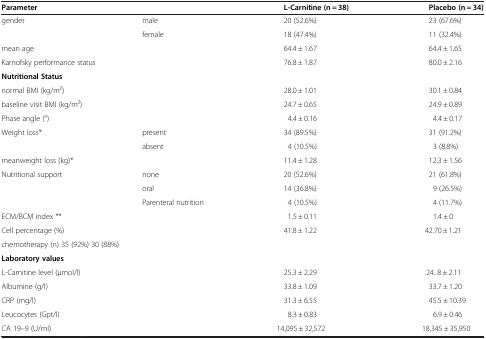
<table><thead><tr><td colspan="2"><b>Parameter</b></td><td><b>L-Carnitine (n = 38)</b></td><td><b>Placebo (n = 34)</b></td></tr></thead><tbody><tr><td rowspan="2">gender</td><td>male</td><td>20 (52.6%)</td><td>23 (67.6%)</td></tr><tr><td>female</td><td>18 (47.4%)</td><td>11 (32.4%)</td></tr><tr><td colspan="2">mean age</td><td>64.4 ± 1.67</td><td>64.4 ± 1.65</td></tr><tr><td colspan="2">Karnofsky performance status</td><td>76.8 ± 1.87</td><td>80.0 ± 2.16</td></tr><tr><td colspan="4"><b>Nutritional Status</b></td></tr><tr><td colspan="2">normal BMI (kg/m2)</td><td>28.0 ± 1.01</td><td>30.1 ± 0.84</td></tr><tr><td colspan="2">baseline visit BMI (kg/m2)</td><td>24.7 ± 0.65</td><td>24.9 ± 0.89</td></tr><tr><td colspan="2">Phase angle (°)</td><td>4.4 ± 0.16</td><td>4.4 ± 0.17</td></tr><tr><td rowspan="2">Weight loss*</td><td>present</td><td>34 (89.5%)</td><td>31 (91.2%)</td></tr><tr><td>absent</td><td>4 (10.5%)</td><td>3 (8.8%)</td></tr><tr><td colspan="2">meanweight loss (kg)*</td><td>11.4 ± 1.28</td><td>12.3 ± 1.56</td></tr><tr><td rowspan="2">Nutritional support</td><td>none</td><td>20 (52.6%)</td><td>21 (61.8%)</td></tr><tr><td>oral</td><td>14 (36.8%)</td><td>9 (26.5%)</td></tr><tr><td> </td><td>Parenteral nutrition</td><td>4 (10.5%)</td><td>4 (11.7%)</td></tr><tr><td colspan="2">ECM/BCM index **</td><td>1.5 ± 0.11</td><td>1.4 ± 0</td></tr><tr><td colspan="2">Cell percentage (%)</td><td>41.8 ± 1.22</td><td>42.70 ± 1.21</td></tr><tr><td colspan="4">chemotherapy (n) 35 (92%) 30 (88%)</td></tr><tr><td colspan="4"><b>Laboratory values</b></td></tr><tr><td colspan="2">L-Carnitine level (μmol/l)</td><td>25.3 ± 2.29</td><td>24. 8 ± 2.11</td></tr><tr><td colspan="2">Albumine (g/l)</td><td>33.8 ± 1.09</td><td>33.7 ± 1.20</td></tr><tr><td colspan="2">CRP (mg/l)</td><td>31.3 ± 6.55</td><td>45.5 ± 10.39</td></tr><tr><td colspan="2">Leucocytes (Gpt/l)</td><td>8.3 ± 0.83</td><td>6.9 ± 0.46</td></tr><tr><td colspan="2">CA 19–9 (U/ml)</td><td>14,095 ± 32,572</td><td>18,345 ± 35,950</td></tr></tbody></table>